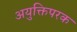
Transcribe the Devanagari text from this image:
अयुक्तिपरक